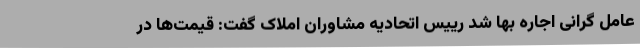
عامل گرانی اجاره‌ بها شد رییس اتحادیه مشاوران املاک گفت: قیمت‌ها در